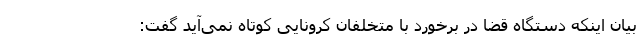
بیان اینکه دستگاه قضا در برخورد با متخلفان کرونایی کوتاه نمی‌آید گفت: